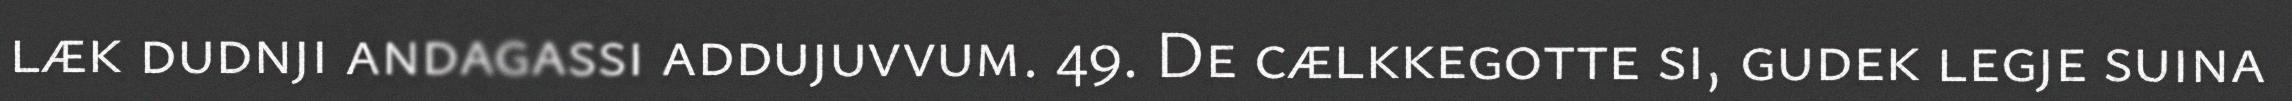
læk dudnji andagassi addujuvvum. 49. De cælkkegotte si, gudek legje suina